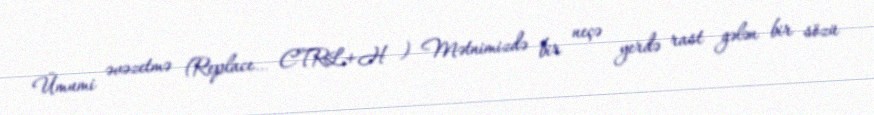
Ümumi əvəzetmə (Replace… CTRL+H ) Mətnimizdə bir neçə yerdə rast gələn bir sözü